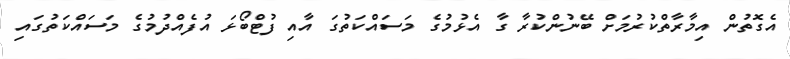
އެގޮތުން އިމާރާތްކުރުމަށް ބޭނުންކުރާ ގާ އެޅުމުގެ މަސައްކަތުގަ އާއި ފުޓްބޯޅަ އުފެއްދުމުގެ މަސައްކަތުގައި